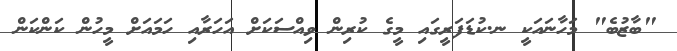
"ބާޒުބެ" މަހާނައަކީ ނ.ކުޑަފަރީގައި މީގެ ކުރިން ވިއްސަކަށް އަހަރާއި ހަމައަށް މީހުން ކަންކަން